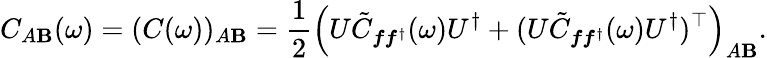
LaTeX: C_{A\mathbf{B}}(\omega)=(C(\omega))_{A\mathbf{B}}=\frac{{1}}{{2}}\left(U\tilde{{C}}_{\boldsymbol{f}\boldsymbol{f}^{\dagger}}(\omega)U^{\dagger}+(U\tilde{{C}}_{\boldsymbol{f}\boldsymbol{f}^{\dagger}}(\omega)U^{\dagger})^{\top}\right)_{A\mathbf{B}}.